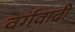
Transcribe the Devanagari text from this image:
वर्गवादी